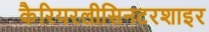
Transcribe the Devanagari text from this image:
कैरियरलीसिनटरशाइर